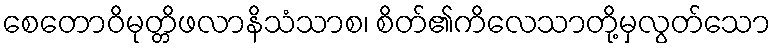
စေတောဝိမုတ္တိဖလာနိသံသာစ၊ စိတ်၏ကိလေသာတို့မှလွတ်သော